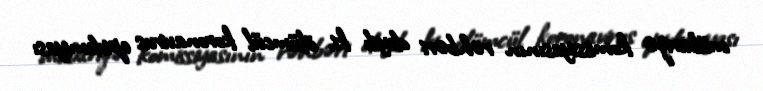
mübarizə komissiyasının rəhbəri deyib ki, ölümcül koronavirus epidemiyası